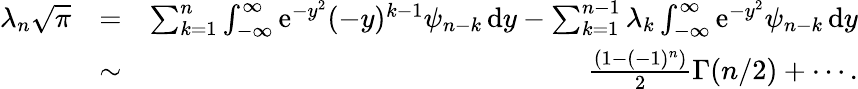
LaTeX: \begin{array}{rlr}{\lambda_{n}\sqrt{\pi}}&{=}&{\sum_{k=1}^{n}\int_{-\infty}^{\infty}\mathrm{e}^{-y^{2}}(-y)^{k-1}\psi_{n-k}\, \mathrm{d}y-\sum_{k=1}^{n-1}\lambda_{k}\int_{-\infty}^{\infty}\mathrm{e}^{-y^{2}}\psi_{n-k}\, \mathrm{d}y}\\ &{\sim}&{\frac{(1-(-1)^{n})}{2}\Gamma(n/2)+\cdots.}\end{array}